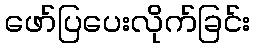
ဖော်ပြပေးလိုက်ခြင်း